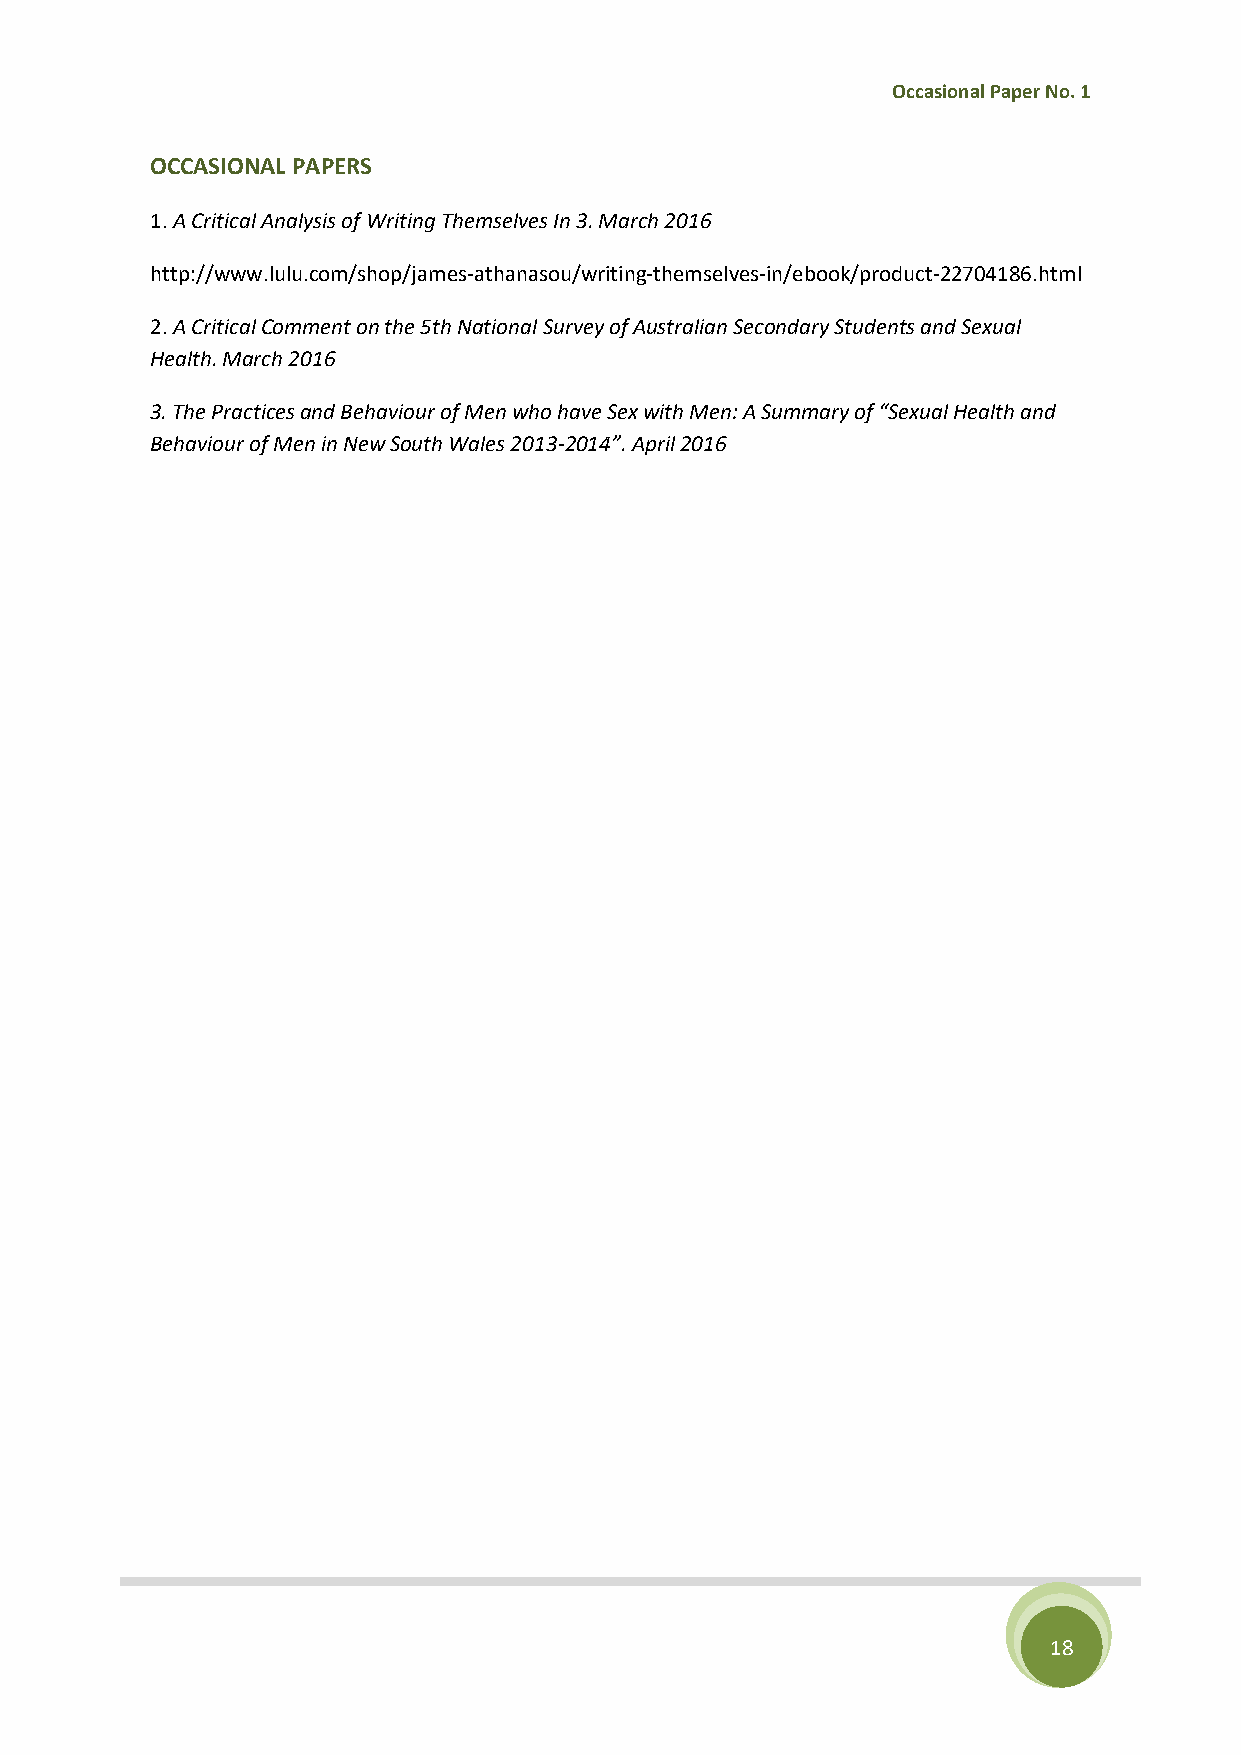
Occasional Paper No. 1
 OCCASIONAL PAPERS
 1. A Critical Analysis of Writing Themselves In 3. March 2016
 http://www.lulu.com/shop/james-athanasou/writing-themselves-in/ebook/product-22704186.html
 2. A Critical Comment on the 5th National Survey of Australian Secondary Students and Sexual
 Health. March 2016
 3. The Practices and Behaviour of Men who have Sex with Men: A Summary of “Sexual Health and
 Behaviour of Men in New South Wales 2013-2014”. April 2016
 18